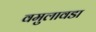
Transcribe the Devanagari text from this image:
वमुलावडा